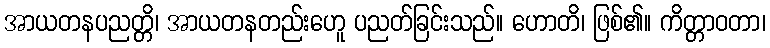
အာယတနပညတ္တိ၊ အာယတနတည်းဟေူ ပညတ်ခြင်းသည်။ ဟောတိ၊ ဖြစ်၏။ ကိတ္တာဝတာ၊